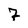
Character: 7